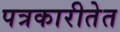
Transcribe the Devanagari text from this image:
पत्रकारीतेत